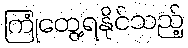
ကြုံတွေ့ရနိုင်သည့်